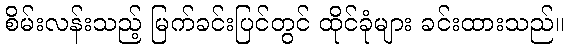
စိမ်းလန်းသည့် မြက်ခင်းပြင်တွင် ထိုင်ခုံများ ခင်းထားသည်။